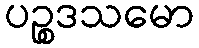
ပဉ္စဒသမော